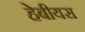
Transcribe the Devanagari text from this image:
हेबीयस